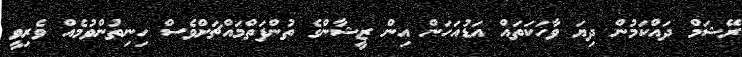
ރޭޝަމް ދައްކަމުން ދިޔަ ވާހަކަތައް އަޑުއަހަން އިން ޒީޝާންގެ ތުންފަތްމައްޗަށްވެސް ހިނިތުންވުމެއް ވެރިވީ